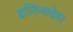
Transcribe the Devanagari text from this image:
इलिनायेस